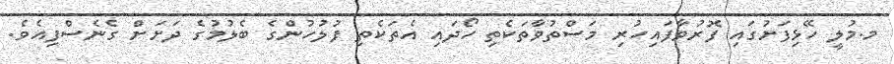
މ.މުލީ ހޭޅިފަށުގައި ފޮރުވާފައިހުރި މަސްތުވާތަކެތި ހޯދައި އެތަކެތި ފުލުހުންގެ ބެލުމުގެ ދަށަށް ގެނެސްފިއެވެ.